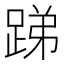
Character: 𨁃